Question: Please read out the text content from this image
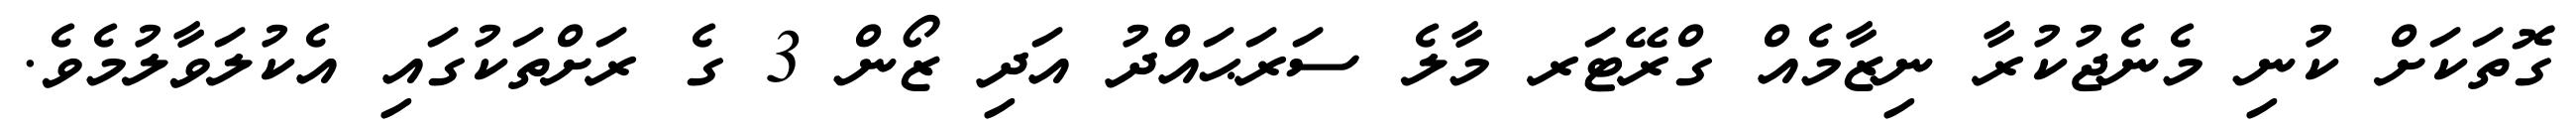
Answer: ގޮތަކަށް ކުނި މެނެޖުކުރާ ނިޒާމެއް ގްރޭޓަރ މާލެ ސަރަޙައްދު އަދި ޒޯން 3 ގެ ރަށްތަކުގައި އެކުލަވާލުމެވެ.